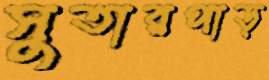
সুতারপাড়